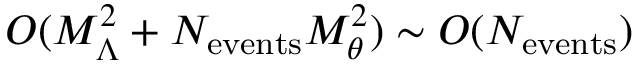
{ \cal O } ( M _ { \Lambda } ^ { 2 } + N _ { \mathrm { e v e n t s } } M _ { \theta } ^ { 2 } ) \sim { \cal O } ( N _ { \mathrm { e v e n t s } } )